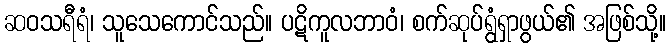
ဆဝသရီရံ၊ သူသေကောင်သည်။ ပဋိကူလဘာဝံ၊ စက်ဆုပ်ရွံရှာဖွယ်၏ အဖြစ်သို့။